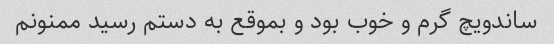
ساندویچ گرم و خوب بود و بموقع به دستم رسید ممنونم